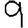
Digit: 9